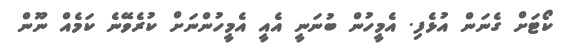
ކޯޓަށް ގެނަން އުޅެފި. އެމީހުން ބުނަނީ އެއީ އެމީހުންނަށް ކުރެވޭނެ ކަމެއް ނޫން